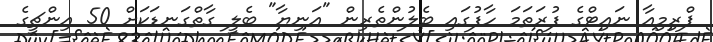
ޕްރިމިއާ ނައިޓްގެ ފުރަތަމަ ހާފުގައި ބެލުންތެރިން "އަނިޔާ" ބެލީ ގާތްގަނޑަކަށް 50 އިންޗީގެ